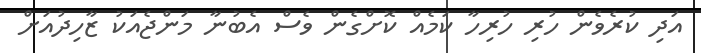
އަދި ކުރެވެން ހުރި ހުރިހާ ކަމެއް ކޮށްގެން ވެސް އެބުނާ މަންޖެއަކު ޒާހިދުއަށް